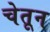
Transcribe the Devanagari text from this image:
चेतून